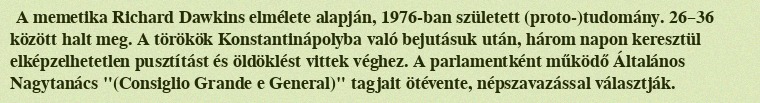
A memetika Richard Dawkins elmélete alapján, 1976-ban született (proto-)tudomány. 26–36 között halt meg. A törökök Konstantinápolyba való bejutásuk után, három napon keresztül elképzelhetetlen pusztítást és öldöklést vittek véghez. A parlamentként működő Általános Nagytanács "(Consiglio Grande e General)" tagjait ötévente, népszavazással választják.